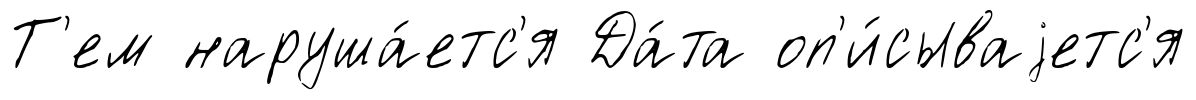
Т'ем наруша́етс'я Да́та оп'и́сываjетс'я